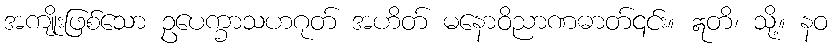
အကျိုးဖြစ်သော ဥပေက္ခာသဟဂုတ် အဟိတ် မနောဝိညာဏဓာတ်၎င်း။ ဣတိ၊ သို့။ နဝ